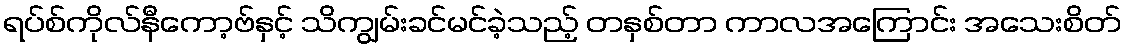
ရပ်စ်ကိုလ်နီကော့ဗ်နှင့် သိကျွမ်းခင်မင်ခဲ့သည့် တနှစ်တာ ကာလအကြောင်း အသေးစိတ်